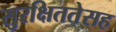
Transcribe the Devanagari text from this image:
सुरक्षिततेसह